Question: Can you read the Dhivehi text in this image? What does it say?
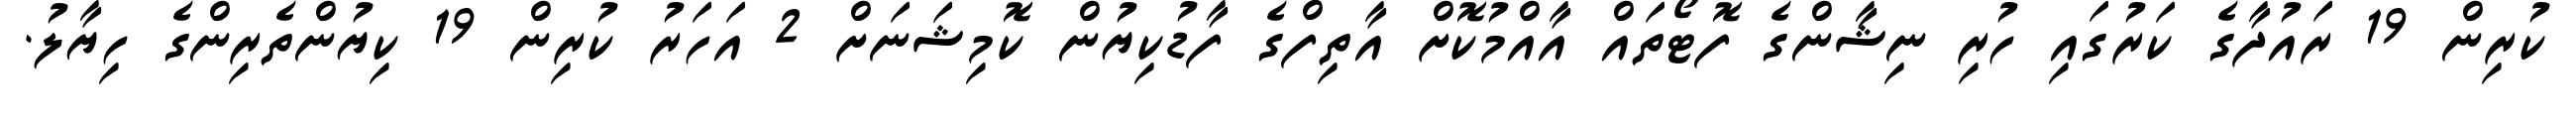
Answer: ކުރިން 19 ރައުދާގެ ކަރުގައި ހުރި ނިޝާންގެ ފޮޓޯތައް އާއްމުކޮށް އާތިފްގެ ފާޑުކިޔުން ކޮމިޝަނަށް 2 އަހަރު ކުރިން 19 ކިޔުންތެރިންގެ ހިޔާލު.